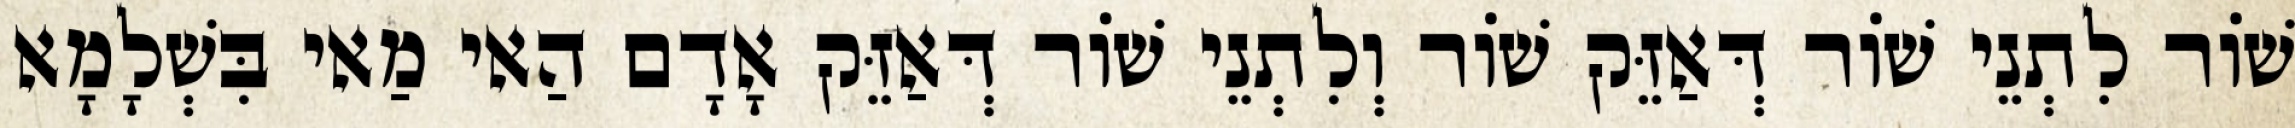
שׁוֹר לִתְנֵי שׁוֹר דְּאַזֵּק שׁוֹר וְלִתְנֵי שׁוֹר דְּאַזֵּק אָדָם הַאי מַאי בִּשְׁלָמָא